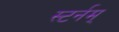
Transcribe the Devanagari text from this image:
स्टर्नम्‌